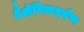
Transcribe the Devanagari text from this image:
वैशेषिकदर्पण